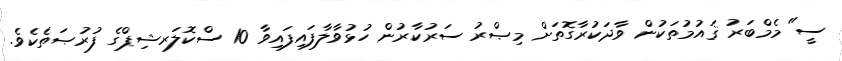
ސީ" މެމްބަރު ޤައުމުތަކުން ވާދަކުރާގޮތަށް މިޞްރު ސަރުކާރުން ހުޅުވާލާފައިފައިވާ 10 ސްކޮލަރޝިޕްގެ ފުރުޞަތެކެވެ.